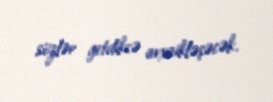
sözlər getdikcə arxaikləşəcək.